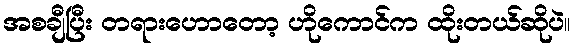
အစချီပြီး တရားဟောတော့ ဟိုကောင်က ထိုးတယ်ဆိုပဲ။